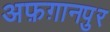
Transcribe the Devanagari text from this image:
अफ़ग़ानपुर